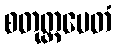
စတုတ္ထမေတံ